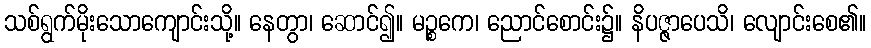
သစ်ရွက်မိုးသောကျောင်းသို့။ နေတွာ၊ ဆောင်၍။ မဉ္စကေ၊ ညောင်စောင်း၌။ နိပဇ္ဇာပေသိ၊ လျောင်းစေ၏။